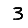
Digit: 3